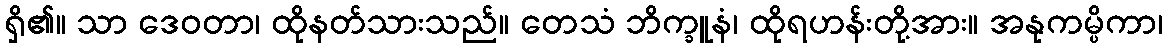
ရှိ၏။ သာ ဒေဝတာ၊ ထိုနတ်သားသည်။ တေသံ ဘိက္ခူနံ၊ ထိုရဟန်းတို့အား။ အနုကမ္ပိကာ၊